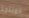
المنتجة